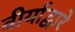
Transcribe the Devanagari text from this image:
वीर्याद्वारे